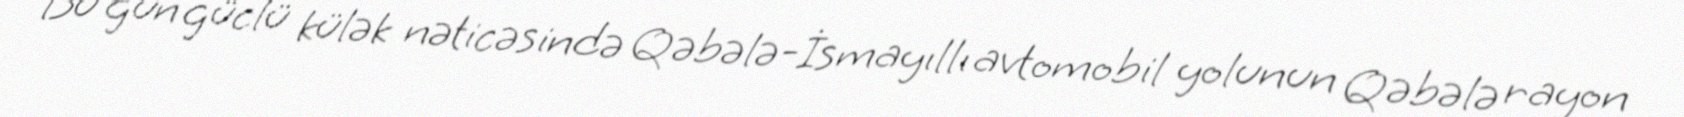
Bu gün güclü külək nəticəsində Qəbələ-İsmayıllı avtomobil yolunun Qəbələ rayon